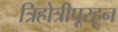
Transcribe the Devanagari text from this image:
त्रिहोत्रीपूरहून